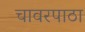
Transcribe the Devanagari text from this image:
चावरपाठा